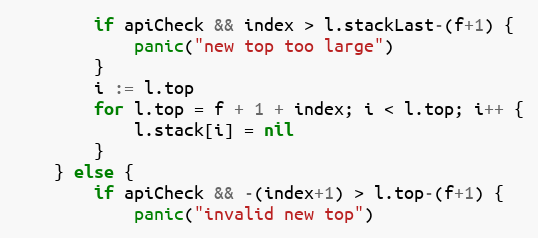
Language: Go
		if apiCheck && index > l.stackLast-(f+1) {
			panic("new top too large")
		}
		i := l.top
		for l.top = f + 1 + index; i < l.top; i++ {
			l.stack[i] = nil
		}
	} else {
		if apiCheck && -(index+1) > l.top-(f+1) {
			panic("invalid new top")